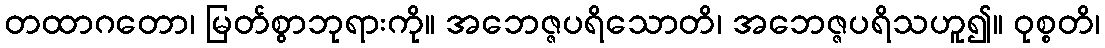
တထာဂတော၊ မြတ်စွာဘုရားကို။ အဘေဇ္ဇပရိသောတိ၊ အဘေဇ္ဇပရိသဟူ၍။ ဝုစ္စတိ၊